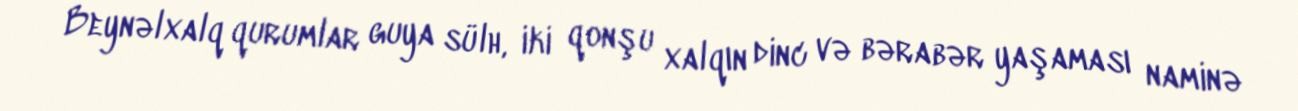
Beynəlxalq qurumlar guya sülh, iki qonşu xalqın dinc və bərabər yaşaması naminə